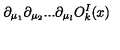
\partial _ { \mu _ { 1 } } \partial _ { \mu _ { 2 } } . . . \partial _ { \mu _ { l } } O _ { k } ^ { I } ( x )